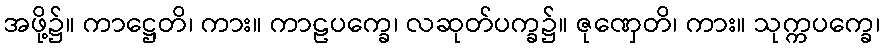
အဖို့၌။ ကာဋ္ဌေတိ၊ ကား။ ကာဠပက္ခေ၊ လဆုတ်ပက္ခ၌။ ဇုဏှေတိ၊ ကား။ သုက္ကပက္ခေ၊